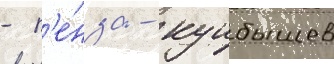
- п'е́нза - куибышев